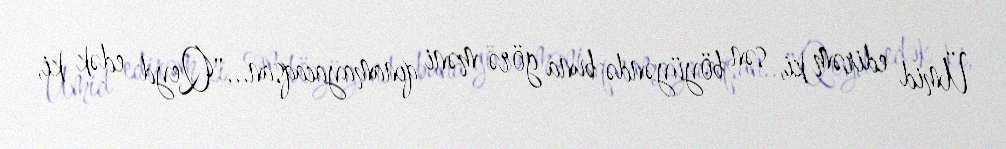
Ümid edirəm ki, sən böyüyəndə buna görə məni qınamayacaqsan..."Qeyd edək ki,